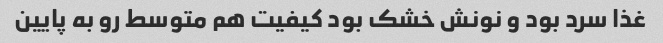
غذا سرد بود و نونش خشک بود کیفیت هم متوسط رو به پایین